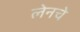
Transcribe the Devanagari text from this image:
लेनचे